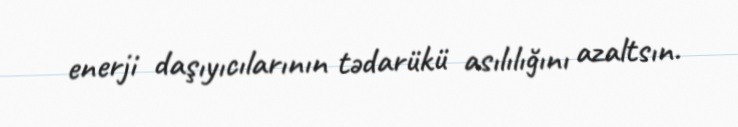
enerji daşıyıcılarının tədarükü asılılığını azaltsın.